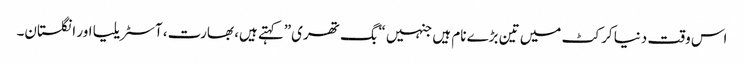
اس وقت دنیا کرکٹ میں تین بڑے نام ہیں جنہیں “بگ تھری”کہتے ہیں، بھارت، آسٹریلیا اور انگلستان۔